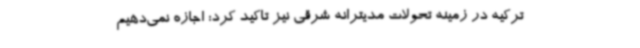
ترکیه در زمینه تحولات مدیترانه شرقی نیز تاکید کرد: اجازه نمی‌دهیم